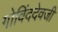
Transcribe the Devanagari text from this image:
गोविंददेवजी